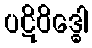
ပဋိဝိဒ္ဓေါ